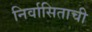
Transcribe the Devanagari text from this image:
निर्वासिताची